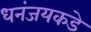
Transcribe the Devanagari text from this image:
धनंजयकडे